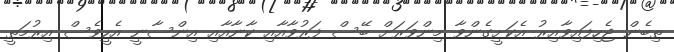
ތިބެން ޖެހިފައިވާއިރު އެކަށީގެންވާ މިންވަރަށް ބޭސް ފަރުވާއާއި ކާނާއާއި އިންސާނީ އެހީވެސް އިރުމަތީ